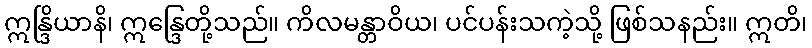
ဣန္ဒြိယာနိ၊ ဣန္ဒြေတို့သည်။ ကိလမန္တာဝိယ၊ ပင်ပန်းသကဲ့သို့ ဖြစ်သနည်း။ ဣတိ၊